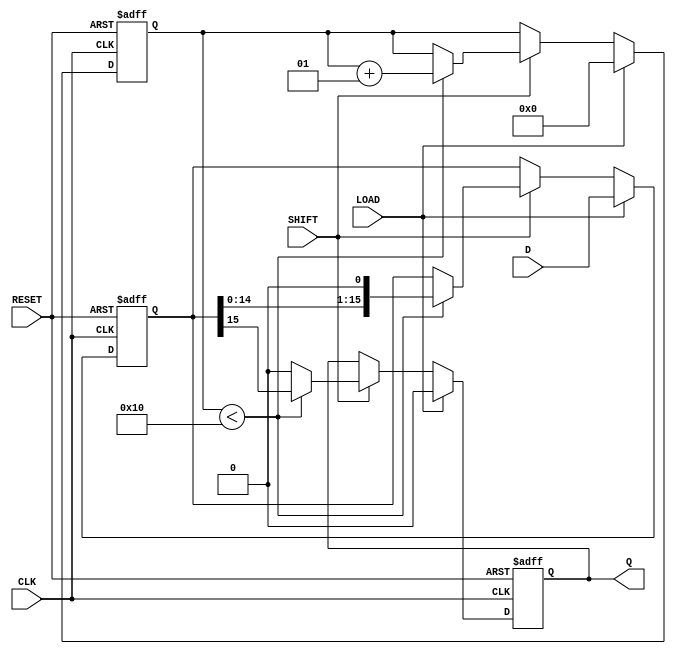
module PISO_Register (
    input wire [15:0] D,      // 16-bit data input
    input wire LOAD,          // Load control signal
    input wire SHIFT,         // Shift control signal
    input wire CLK,           // Clock signal
    input wire RESET,         // Asynchronous reset signal
    output reg Q              // Serial output
);

    reg [15:0] shift_reg;     // Internal shift register to hold data
    integer count;            // Counter for shifting bits

    always @(posedge CLK or posedge RESET) begin
        if (RESET) begin
            shift_reg <= 16'b0; // Clear the register on reset
            Q <= 1'b0;          // Clear output on reset
            count <= 0;         // Reset counter
        end else begin
            if (LOAD) begin
                shift_reg <= D; // Load data into the shift register
                Q <= 1'b0;      // Output remains unchanged during load
                count <= 0;     // Reset counter for shifting
            end else if (SHIFT) begin
                if (count < 16) begin
                    Q <= shift_reg[15]; // Output the MSB
                    shift_reg <= {shift_reg[14:0], 1'b0}; // Shift left
                    count <= count + 1; // Increment shift counter
                end else begin
                    Q <= 1'b0; // After 16 shifts, output is zero
                end
            end
        end
    end

endmodule